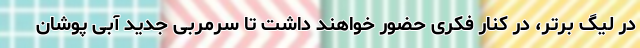
در لیگ برتر، در کنار فکری حضور خواهند داشت تا سرمربی جدید آبی پوشان